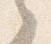
之